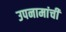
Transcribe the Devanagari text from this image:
उपनामांची